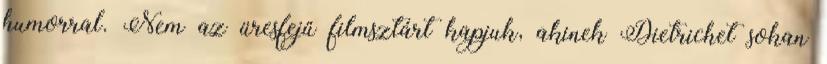
humorral. Nem az üresfejű filmsztárt kapjuk, akinek Dietrichet sokan